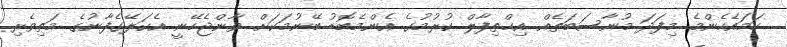
ހަމައެހެންމެ މިފަދަ މުނާސަބަތެއް އިޙްތިފާލް ކުރުމުގެ އެންމެބޮޑު ބޭނުމަކަށް ވާންޖެހޭނީ އެކަލޭގެފާނުގެ މަތިވެރި